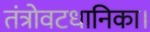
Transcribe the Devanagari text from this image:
तंत्रोवटधानिका।